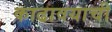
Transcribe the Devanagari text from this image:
काढावयाची